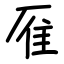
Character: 㕍